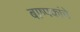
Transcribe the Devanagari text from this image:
बाष्पकांचे